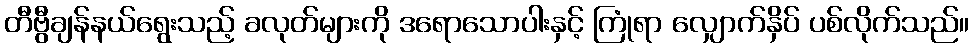
တီဗွီချန်နယ်ရွေးသည့် ခလုတ်များကို ဒရောသောပါးနှင့် ကြုံရာ လျှောက်နှိပ် ပစ်လိုက်သည်။